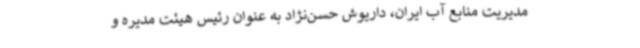
مدیریت منابع آب ایران، داریوش حسن‌نژاد به عنوان رئیس هیئت مدیره و